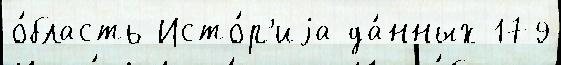
о́бласть Исто́р'иjа да́нных 179